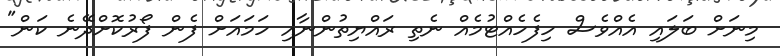
މިނަށް ބަލައި އެއްވެސް ހިފެހެއްޓުމެއް ނެތި ރައްޔިތުންނާއި ހަމައަށް ފެން ފޯރުކޮށްދޭނެ ކަން"